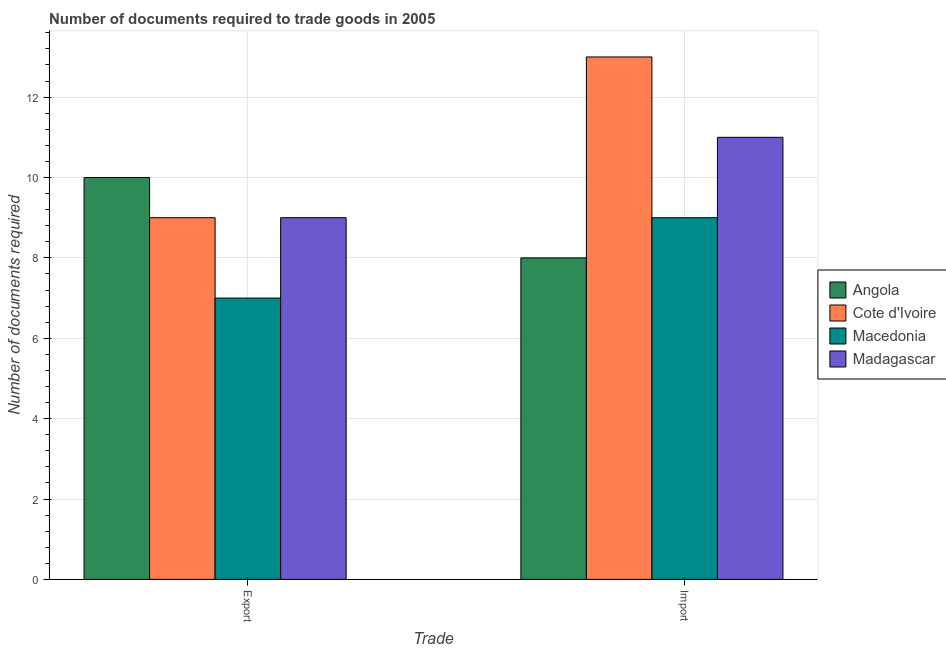
| Trade | Angola | Cote d'Ivoire | Macedonia | Madagascar |
 | --- | --- | --- | --- | --- |
 | Export | 10 | 9 | 7 | 9 |
 | Import | 8 | 13 | 9 | 11 |